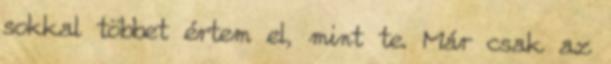
sokkal többet értem el, mint te. Már csak az